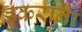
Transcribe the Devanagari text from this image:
डुकरांना